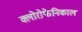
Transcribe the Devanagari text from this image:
क्लोरोफेनिकाल